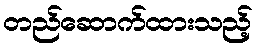
တည်ဆောက်ထားသည့်